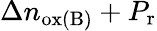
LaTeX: \Delta n_{\mathrm{ox(B)}}+P_{\mathrm{r}}